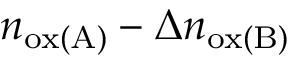
n _ { \mathrm { o x ( A ) } } - \Delta n _ { \mathrm { o x ( B ) } }